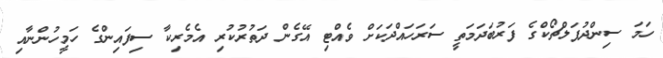
ހަމަ ސިންދުޕަލްޗޯކްގެ ފަރުބަދަމަތީ ސަރަހައްދަކަށް ވެއްޓި އޭގެން ދަތުރުކުރި އެމެރިކާ ސިފައިންގެ ހަމީހުންނާއި